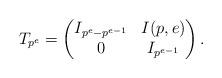
LaTeX: \begin{align*}T_{p^e} = \begin{pmatrix}I_{p^e-p^{e-1}} & I(p,e) \\0 & I_{p^{e-1}}\end{pmatrix}.\end{align*}